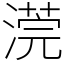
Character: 𣻻